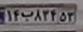
۱۴ب۸۳۴۵۳